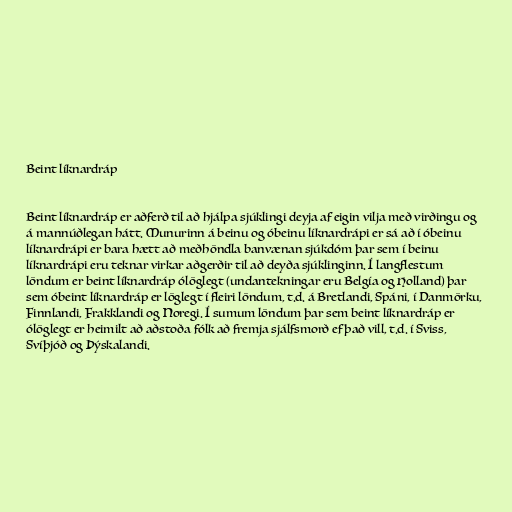
Beint líknardráp

Beint líknardráp er aðferð til að hjálpa sjúklingi deyja af eigin vilja með virðingu og
á mannúðlegan hátt. Munurinn á beinu og óbeinu líknardrápi er sá að í óbeinu
líknardrápi er bara hætt að meðhöndla banvænan sjúkdóm þar sem í beinu
líknardrápi eru teknar virkar aðgerðir til að deyða sjúklinginn. Í langflestum
löndum er beint líknardráp ólöglegt (undantekningar eru Belgía og Holland) þar
sem óbeint líknardráp er löglegt í fleiri löndum, t.d. á Bretlandi, Spáni, í Danmörku,
Finnlandi, Frakklandi og Noregi. Í sumum löndum þar sem beint líknardráp er
ólöglegt er heimilt að aðstoða fólk að fremja sjálfsmorð ef það vill, t.d. í Sviss,
Svíþjóð og Þýskalandi.